Document type: Sale
Year: 1235
Scribe: Pere de Bages
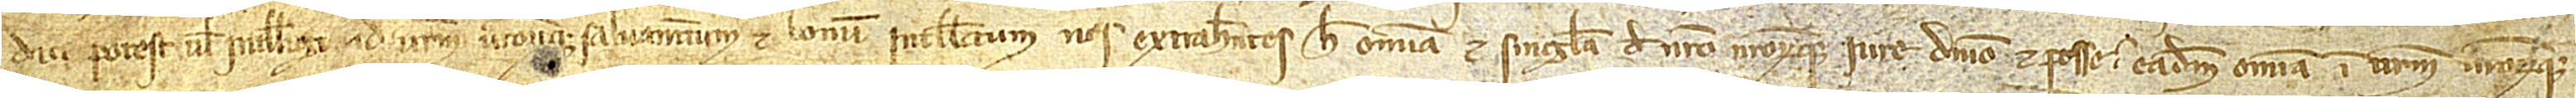
dici potest vel intelligi ad vestrum vestrorumque salvamentum et bonum intellectum. Extrahentes hec omnia et singula de nostro nostrorumque iure, dominio et posse in eadem omnia in vestrum vestrorumque